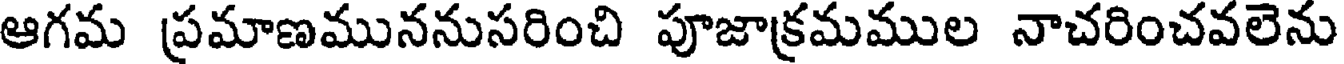
ఆగమ ప్రమాణముననుసరించి పూజాక్రమముల నాచరించవలెను